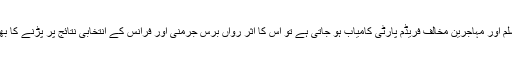
اليکشن میں اگر مسلم اور مہاجرین مخالف فریڈم پارٹی کامیاب ہو جاتی ہے تو اس کا اثر رواں برس جرمنی اور فرانس کے انتخابی نتائج پر پڑنے کا بھی قوی امکان ہے۔